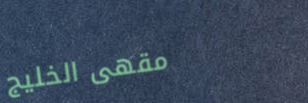
مقهى الخليج